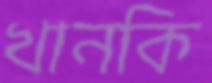
খানকি